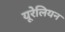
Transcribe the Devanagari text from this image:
यूरेलियन